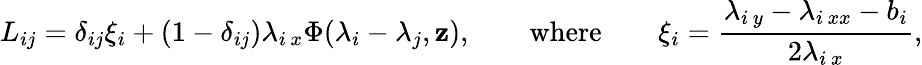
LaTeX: L_{ij}=\delta_{ij}\xi_{i}+(1-\delta_{ij})\lambda_{i\, x}\Phi(\lambda_{i}-\lambda_{j},\mathbf{z}),\qquad\mathrm{{where}}\qquad\xi_{i}=\frac{{\lambda_{i\, y}-\lambda_{i\, xx}-b_{i}}}{{2\lambda_{i\, x}}},